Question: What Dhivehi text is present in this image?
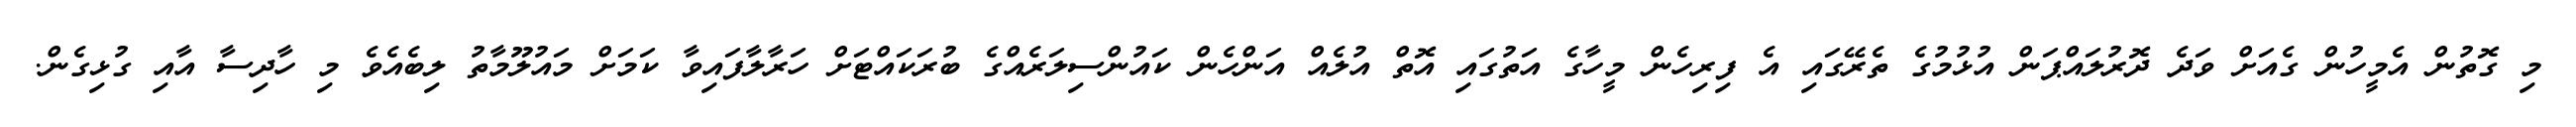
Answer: މި ގޮތުން އެމީހުން ގެއަށް ވަދެ ދޮރުލައްޕަން އުޅުމުގެ ތެރޭގައި އެ ފިރިހެން މީހާގެ އަތުގައި އޮތް އުލެއް އަންހެން ކައުންސިލަރެއްގެ ބުރަކައްޓަށް ހަރާލާފައިވާ ކަމަށް މައުލޫމާތު ލިބެއެވެ މި ހާދިސާ އާއި ގުޅިގެން.